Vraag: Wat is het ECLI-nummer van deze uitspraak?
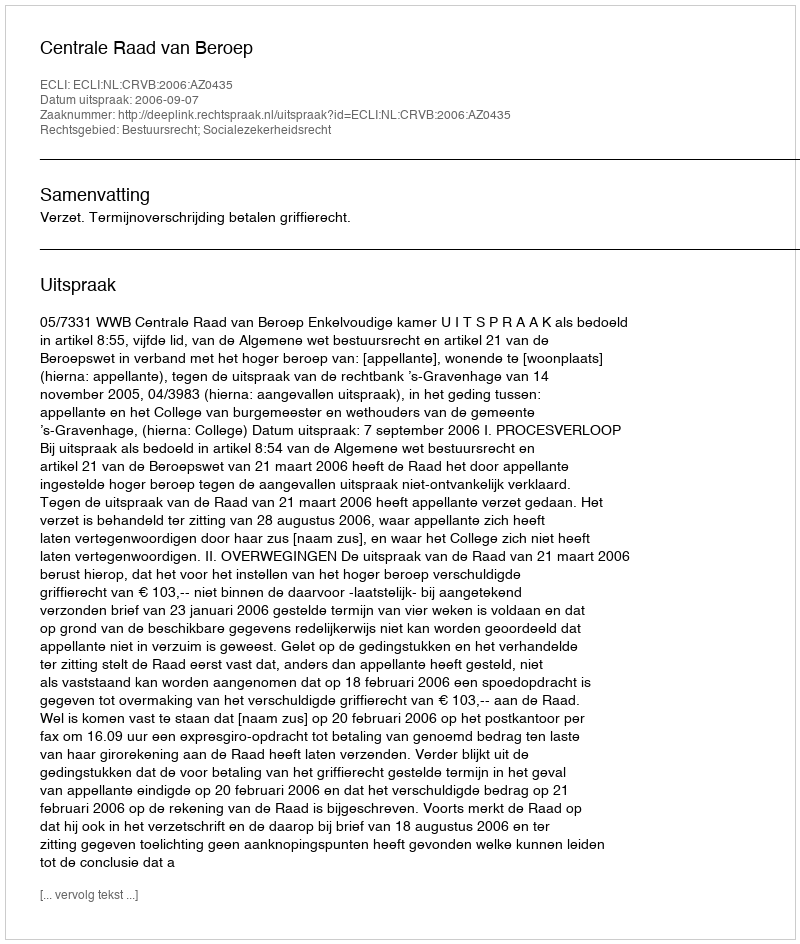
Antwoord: ECLI:NL:CRVB:2006:AZ0435